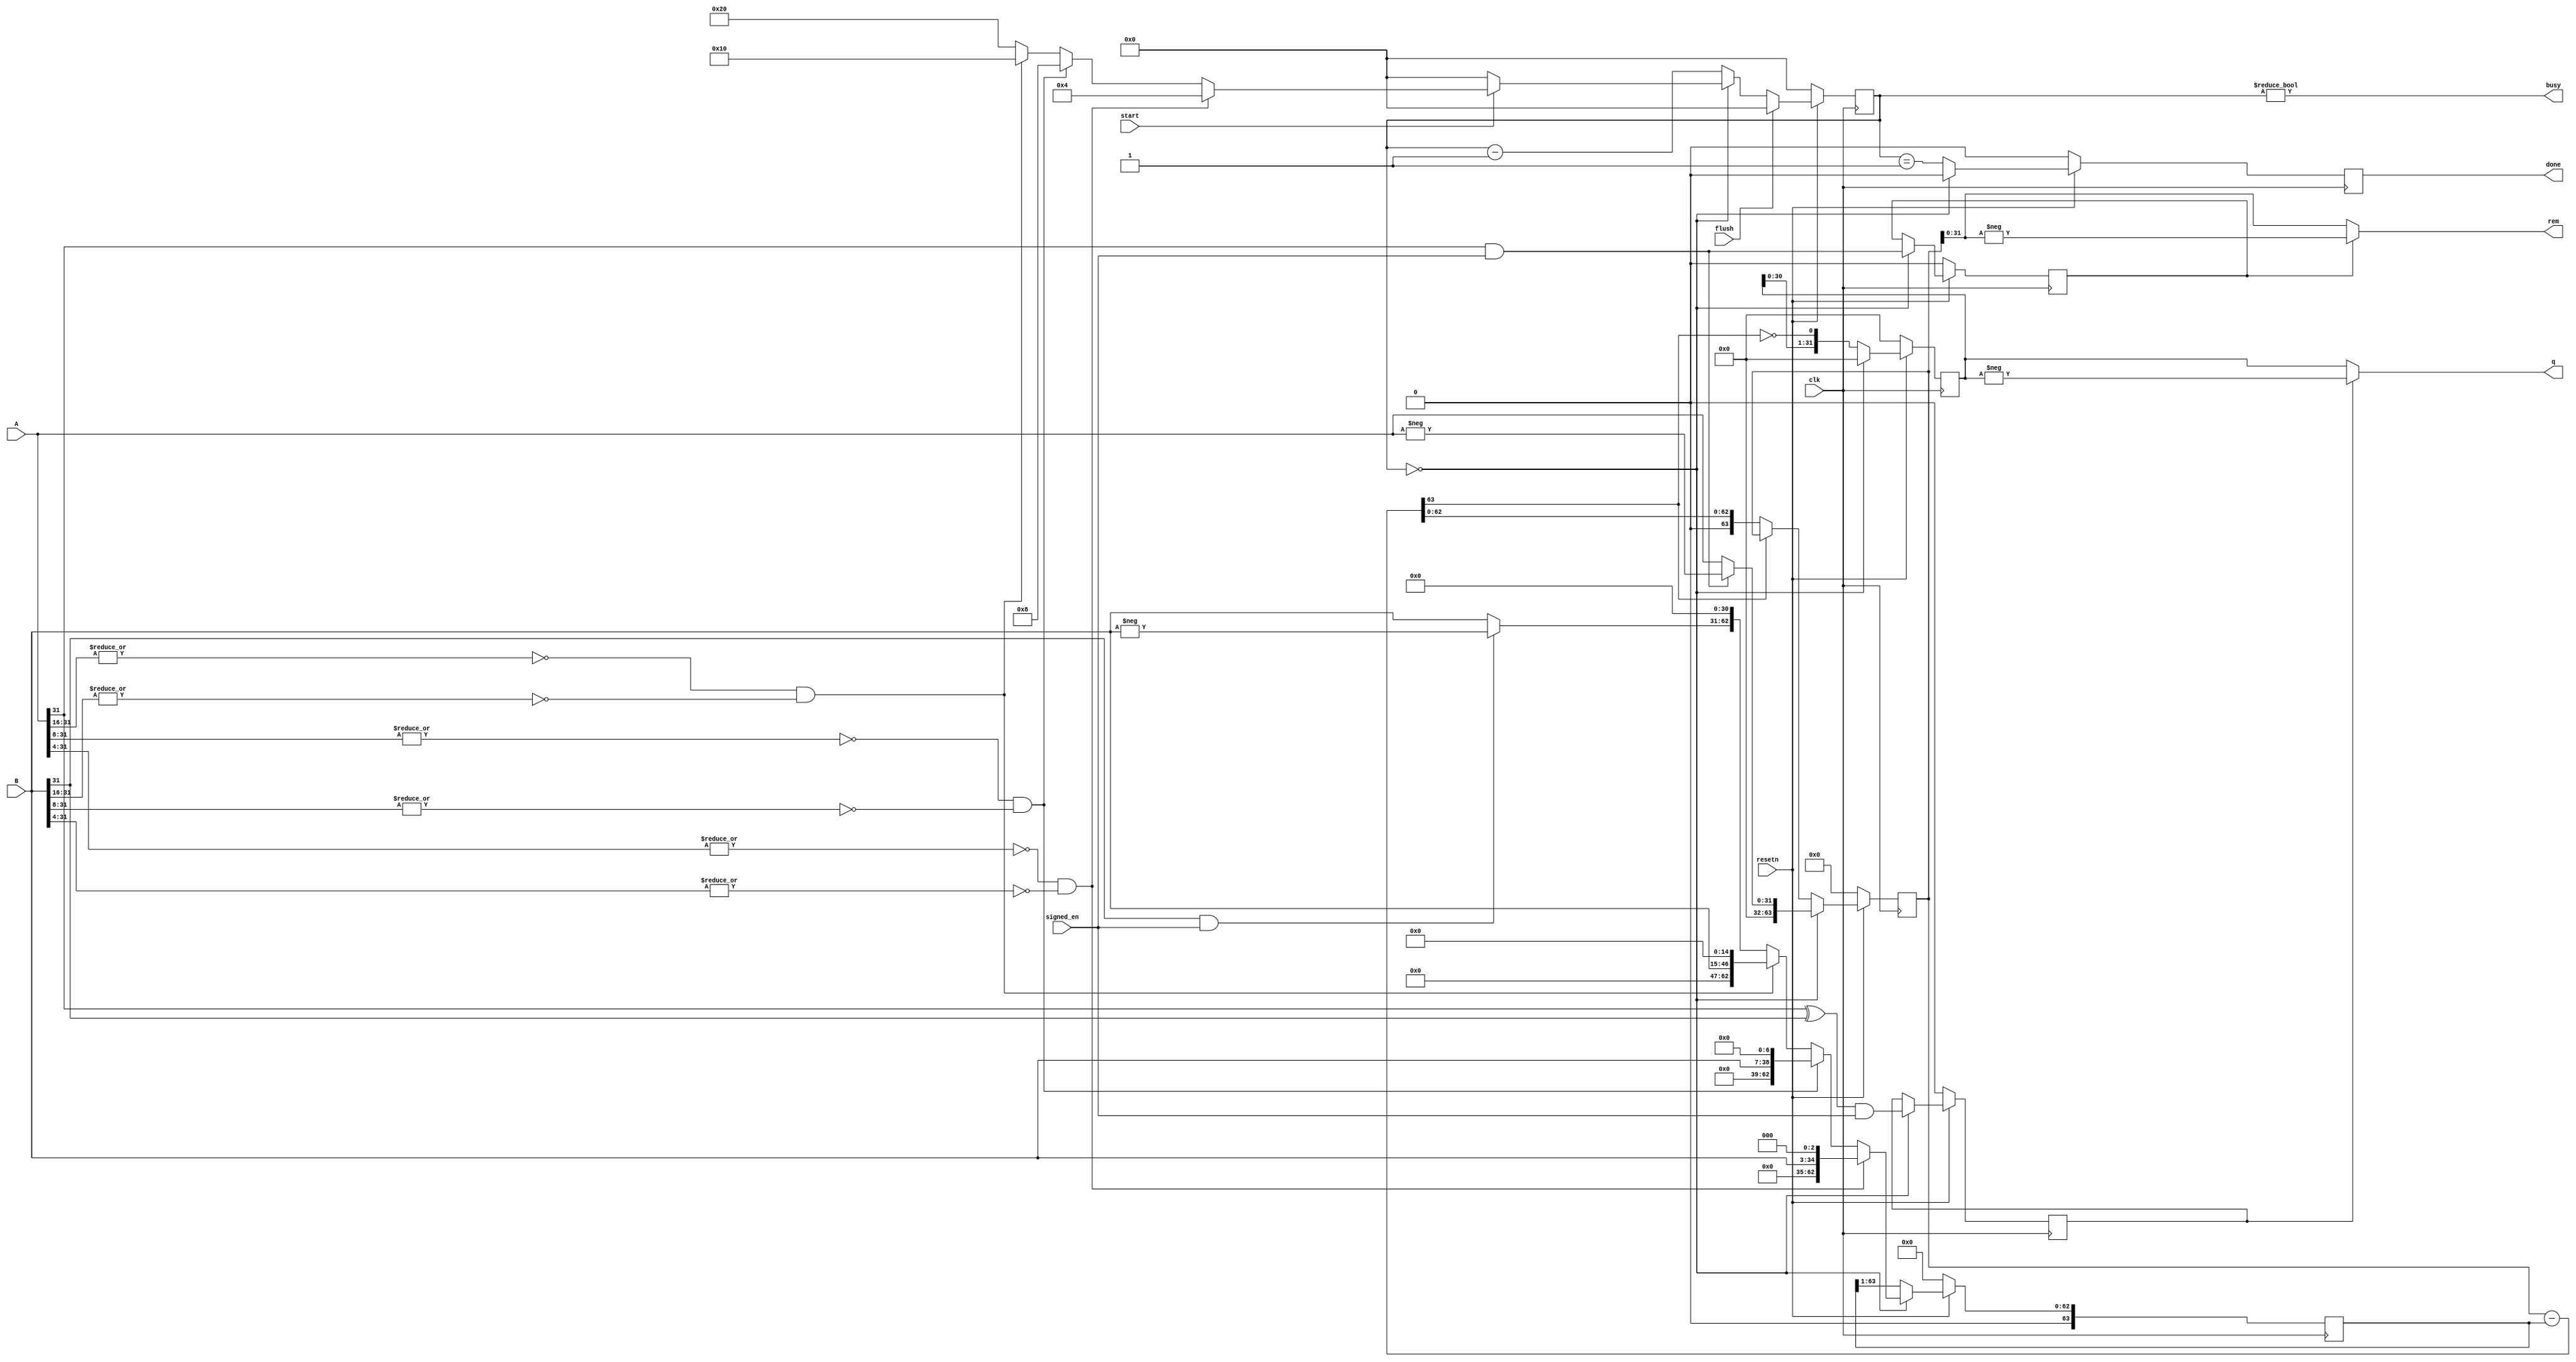
module div(
    input           clk,
    input           resetn,
    input           flush,      //来自Commit
    input[31:0]     A,
    input[31:0]     B,
    input           signed_en,
    input           start,      //若start且不busy，则读取操作数并开始
    output          busy,
    output          done,       //仅生效一个周期，且这个周期后busy才拉低
    output[31:0]    q,          //商
    output[31:0]    rem         //余数
    );

    //原始数据
    reg[63:0] remain;       //剩余的被除数
    reg[63:0] divb;         //不断右移的除数
    reg[31:0] result;       //商
    reg is_q_neg;           //商是否需要取反
    reg is_rem_neg;         //余数是否需要取反
    reg[5:0] state;         //状态（0-空闲，1~32-作除法时的i）
    reg reg_done;
    assign done=reg_done;
    assign q=is_q_neg ? (-result) : result;
    assign rem=is_rem_neg ? (-remain[31:0]) : remain[31:0];

    wire[63:0] midres=remain - divb;

    wire f16_0=(~(|A[31:16])) & ~(|B[31:16]);
    wire f24_0=(~(|A[31:8])) & ~(|B[31:8]);
    wire f28_0=(~(|A[31:4])) & ~(|B[31:4]);

    always@(posedge clk) begin
        if(~resetn) begin
            remain<=0;
            divb<=0;
            is_q_neg<=0;
            is_rem_neg<=0;
            result<=0;
            reg_done<=0;
        end
        else begin
            if(state == 0) begin
                result<=0;
                remain<={32'b0,(A[31] & signed_en) ? (-A) : A};
                divb<=f28_0 ? {29'b0,B,3'b0} : (
                    f24_0 ? {25'b0,B,7'b0} : (
                    f16_0 ? {17'b0,B,15'b0} : {1'b0,(B[31] & signed_en) ? (-B) : B,31'b0}));
                is_rem_neg<=A[31] & signed_en;
                is_q_neg<=(A[31] ^ B[31]) & signed_en;
                reg_done<=0;
            end
            else begin
                reg_done<=(state == 1);
                result<={result[30:0],~midres[63]};
                remain<=midres[63] ? remain : midres;
                divb<={1'b0,divb[63:1]};
            end
        end
    end

    

    always@(posedge clk) begin
        if(~resetn)
            state<=0;
        else if(flush)
            state<=0;
        else if(state == 0)
            state<=start ? {f28_0 ? 4 : (f24_0 ? 8 : (f16_0 ? 16 : 32))} : 0;
        else
            state<=state - 1;
    end

    assign busy=(state != 0);

endmodule